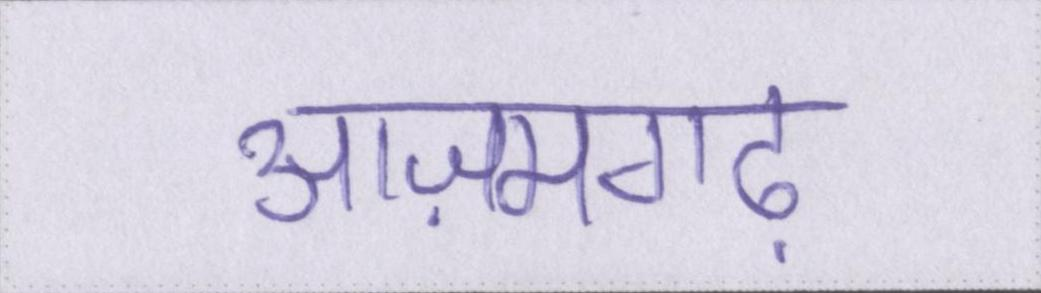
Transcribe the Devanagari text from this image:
आज़मगढ़